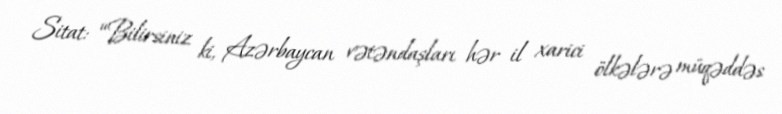
Sitat: “Bilirsiniz ki, Azərbaycan vətəndaşları hər il xarici ölkələrə müqəddəs